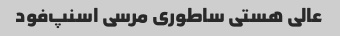
عالی هستی ساطوری مرسی اسنپ‌فود